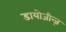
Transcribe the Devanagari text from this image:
डायोजीन्ज़